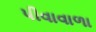
પીવાવાળા